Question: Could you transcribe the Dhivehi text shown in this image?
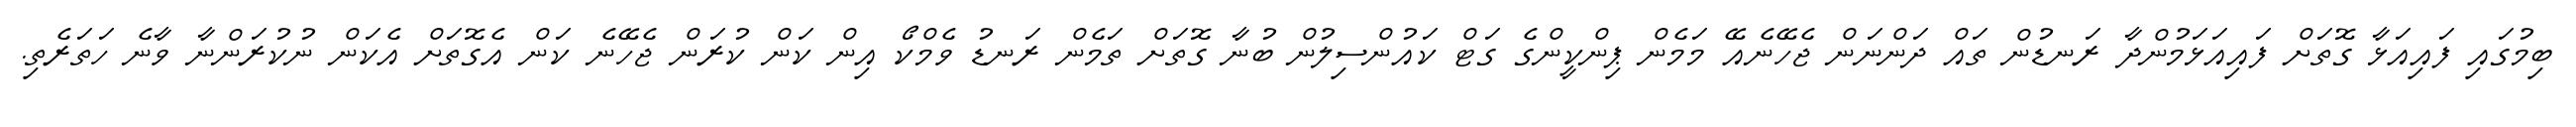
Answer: ބިމުގައި ފައިއަޅާ ގޮތަށް ފައިއަޅަމުންދާ ރަނޑުން ތައް ދަންނަން ޖެހޭނެއޭ މަމެން ޕިންކީންގެ ގަޓް ކައުންސިލުން ބުނާ ގޮތަށް ތަމެން ރަނޑު ވެމްކޯ އިން ކަން ކުރަން ޖެހޭނެ ކަން އެގޮތަށް އެކަން ނުކުރަންނާ ވާނެ ހަތަރެތި.